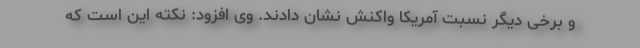
و برخی دیگر نسبت آمریکا واکنش نشان دادند. وی افزود: نکته این است که